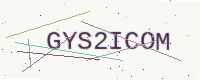
Text: GYS2ICOM